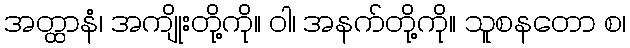
အတ္ထာနံ၊ အကျိုးတို့ကို။ ဝါ၊ အနက်တို့ကို။ သူစနတော စ၊